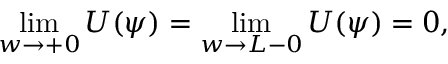
\operatorname * { l i m } _ { w \to + 0 } U ( \psi ) = \operatorname * { l i m } _ { w \to L - 0 } U ( \psi ) = 0 ,